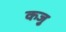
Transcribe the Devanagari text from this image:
कजु